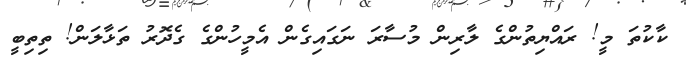
ކާކުތަ މީ! ރައްޔިތުންގެ ލާރިން މުސާރަ ނަގައިގެން އެމީހުންގެ ގެދޮރު ތަޅާލަން! ތިތިބީ